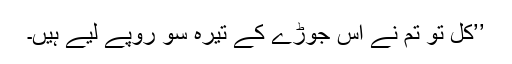
’’کل تو تم نے اس جوڑے کے تیرہ سو روپے لیے ہیں۔